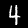
Label: 4